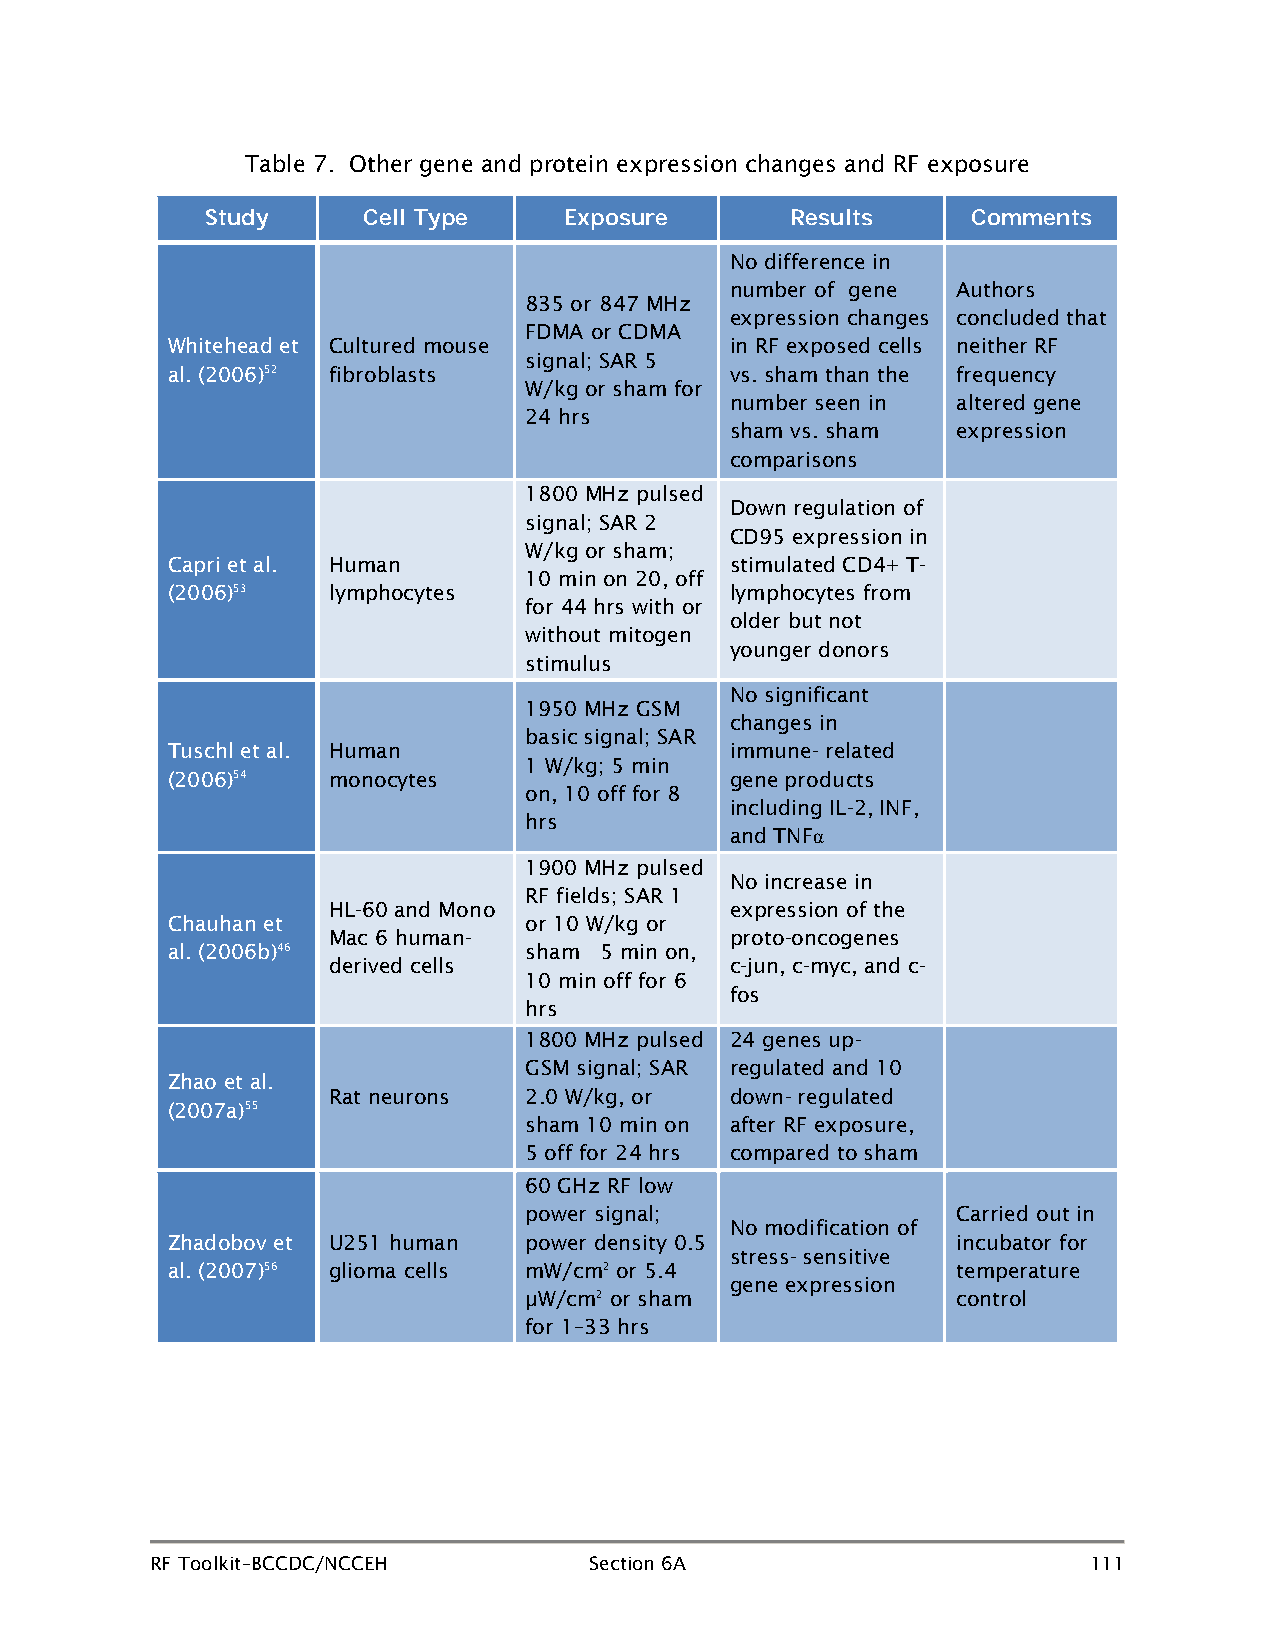
Table 7. Other gene and protein expression changes and RF exposure
 Study     Cell Type    Exposure       Results     Comments
 No difference in
 number of gene Authors
 835 or 847 MHz
 expression changes concluded that
 FDMA or CDMA
 Whitehead et Cultured mouse          in RF exposed cells neither RF
 signal; SAR 5
 al. (2006)52 fibroblasts             vs. sham than the frequency
 W/kg or sham for
 number seen in altered gene
 24 hrs
 sham vs. sham  expression
 comparisons
 1800 MHz pulsed
 Down regulation of
 signal; SAR 2
 CD95 expression in
 W/kg or sham;
 Capri et al. Human                   stimulated CD4+ T-
 10 min on 20, off
 (2006)53   lymphocytes               lymphocytes from
 for 44 hrs with or
 older but not
 without mitogen
 younger donors
 stimulus
 No significant
 1950 MHz GSM
 changes in
 basic signal; SAR
 Tuschl et al. Human                  immune- related
 1 W/kg; 5 min
 (2006)54   monocytes                 gene products
 on, 10 off for 8
 including IL-2, INF,
 hrs
 and TNFα
 1900 MHz pulsed
 No increase in
 RF fields; SAR 1
 HL-60 and Mono            expression of the
 Chauhan et              or 10 W/kg or
 Mac 6 human-              proto-oncogenes
 al. (2006b)46           sham 5 min on,
 derived cells             c-jun, c-myc, and c-
 10 min off for 6
 fos
 hrs
 1800 MHz pulsed 24 genes up-
 GSM signal; SAR regulated and 10
 Zhao et al.
 Rat neurons  2.0 W/kg, or down- regulated
 (2007a)55
 sham 10 min on after RF exposure,
 5 off for 24 hrs compared to sham
 60 GHz RF low
 power signal;               Carried out in
 No modification of
 Zhadobov et U251 human  power density 0.5           incubator for
 stress- sensitive
 al. (2007)56 glioma cells mW/cm2 or 5.4             temperature
 gene expression
 µW/cm2 or sham              control
 for 1–33 hrs
 RF Toolkit–BCCDC/NCCEH       Section 6A                       111